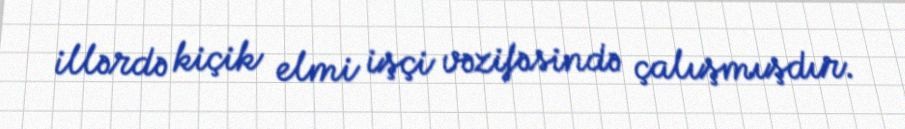
illərdə kiçik elmi işçi vəzifəsində çalışmışdır.